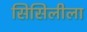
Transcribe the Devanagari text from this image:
सिसिलीला